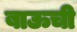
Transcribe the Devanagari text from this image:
बाऊची